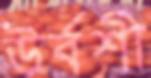
উর্বশী